Source: Handwritten
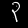
Digit: ၃ (3)